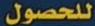
للحصول